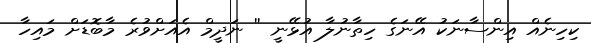
ކިހިނެއް އިންސާނަކު އޭނަގެ ހިތާނުލާ އުޅޭނީ '' ނަދީމް އެއަށްވުރެ މާބޮޑަށް މައިހާ